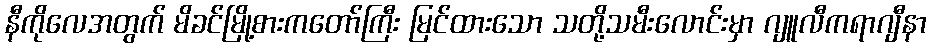
နီကိုလေအတွက် မိခင်မြို့စားကတော်ကြီး မြင်ထားသော သတို့သမီးလောင်းမှာ ဂျူလီကရာဂျီနာ